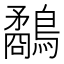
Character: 鷸